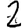
Digit: 2